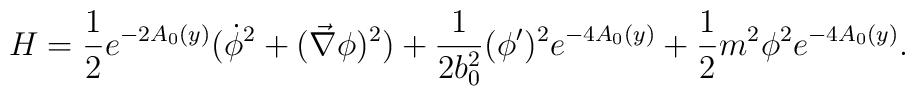
H=\frac{1}{2}e^{-2A_0(y)}(\dot{\phi}^2+(\vec{\nabla}\phi)^2)+\frac{1}{2b_0^2}(\phi^\prime)^2e^{-4A_0(y)}+\frac{1}{2}m^2 \phi^2 e^{-4A_0(y)}.